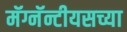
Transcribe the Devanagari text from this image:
मॅग्नॅन्टीयसच्या